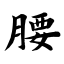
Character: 腰